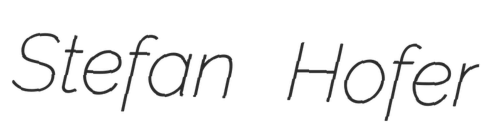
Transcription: Stefan Hofer